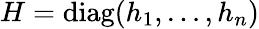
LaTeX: H=\operatorname{diag}(h_{1},\dots,h_{n})